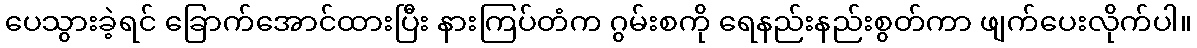
ပေသွားခဲ့ရင် ခြောက်အောင်ထားပြီး နားကြပ်တံက ဂွမ်းစကို ရေနည်းနည်းစွတ်ကာ ဖျက်ပေးလိုက်ပါ။